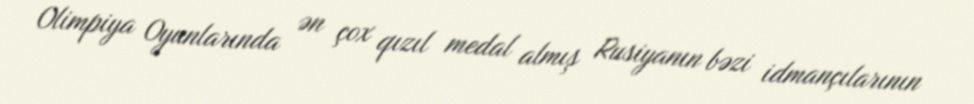
Olimpiya Oyunlarında ən çox qızıl medal almış Rusiyanın bəzi idmançılarının